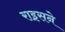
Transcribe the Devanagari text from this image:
राइसने